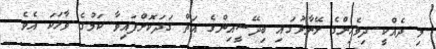
މި ދެއްކީ ދިވެހިންގެ ލޭނާރުގައި ބިދޭސީއިންގެ އަތް ގަދަކޮށްފައިވާ ކަމުގެ ވާހަކަ އެވެ.